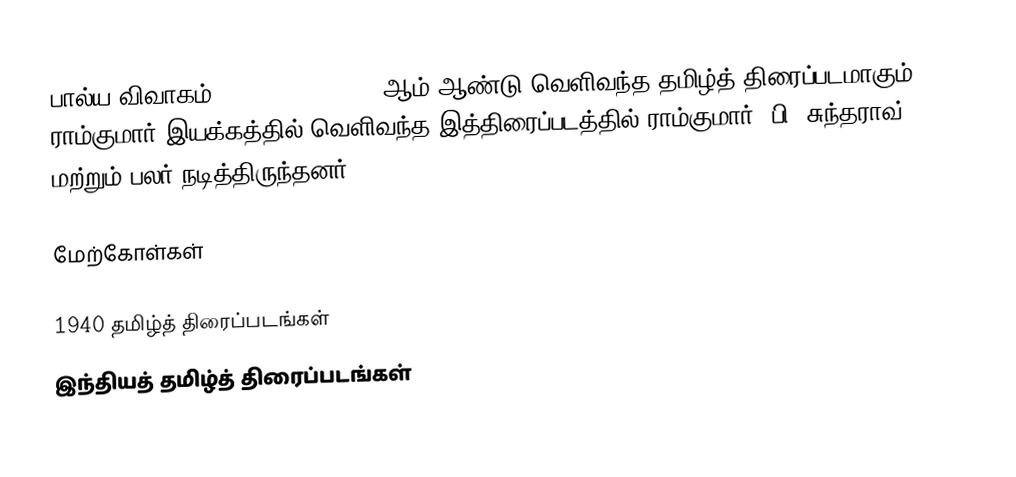
பால்ய விவாகம் (31.08.1940) 1940 ஆம் ஆண்டு வெளிவந்த தமிழ்த் திரைப்படமாகும். ராம்குமார் இயக்கத்தில் வெளிவந்த இத்திரைப்படத்தில் ராம்குமார், பி. சுந்தராவ் மற்றும் பலர் நடித்திருந்தனர்.

மேற்கோள்கள்

1940 தமிழ்த் திரைப்படங்கள்
இந்தியத் தமிழ்த் திரைப்படங்கள்